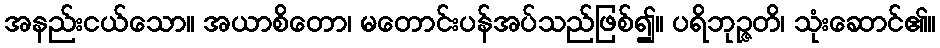
အနည်းငယ်သော။ အယာစိတော၊ မတောင်းပန်အပ်သည်ဖြစ်၍။ ပရိဘုဉ္ဇတိ၊ သုံးဆောင်၏။